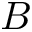
B